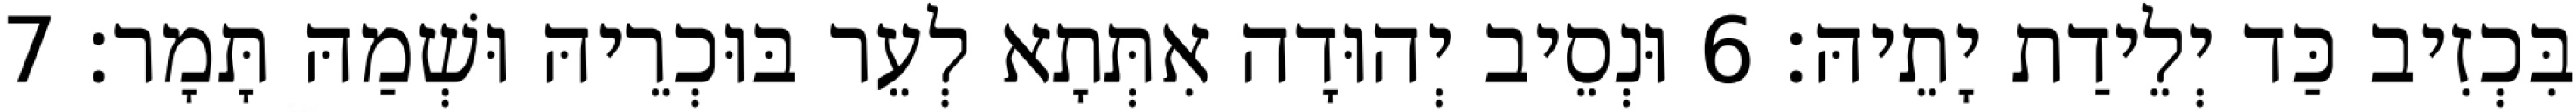
בִּכְזִיב כַּד יְלֵידַת יָתֵיהּ׃ 6 וּנְסֵיב יְהוּדָה אִתְּתָא לְעֵר בּוּכְרֵיהּ וּשְׁמַהּ תָּמָר׃ 7